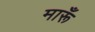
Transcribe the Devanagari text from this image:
मारूँ